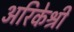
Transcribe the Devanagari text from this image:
अरिकेश्री